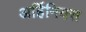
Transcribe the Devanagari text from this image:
अर्हिनियस